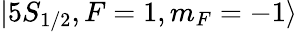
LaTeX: |5S_{1/2},F=1,m_{F}=-1\rangle